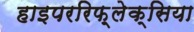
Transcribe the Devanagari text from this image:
हाइपररिफ़्लेक्सिया